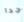
جدا